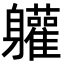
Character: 𮜾